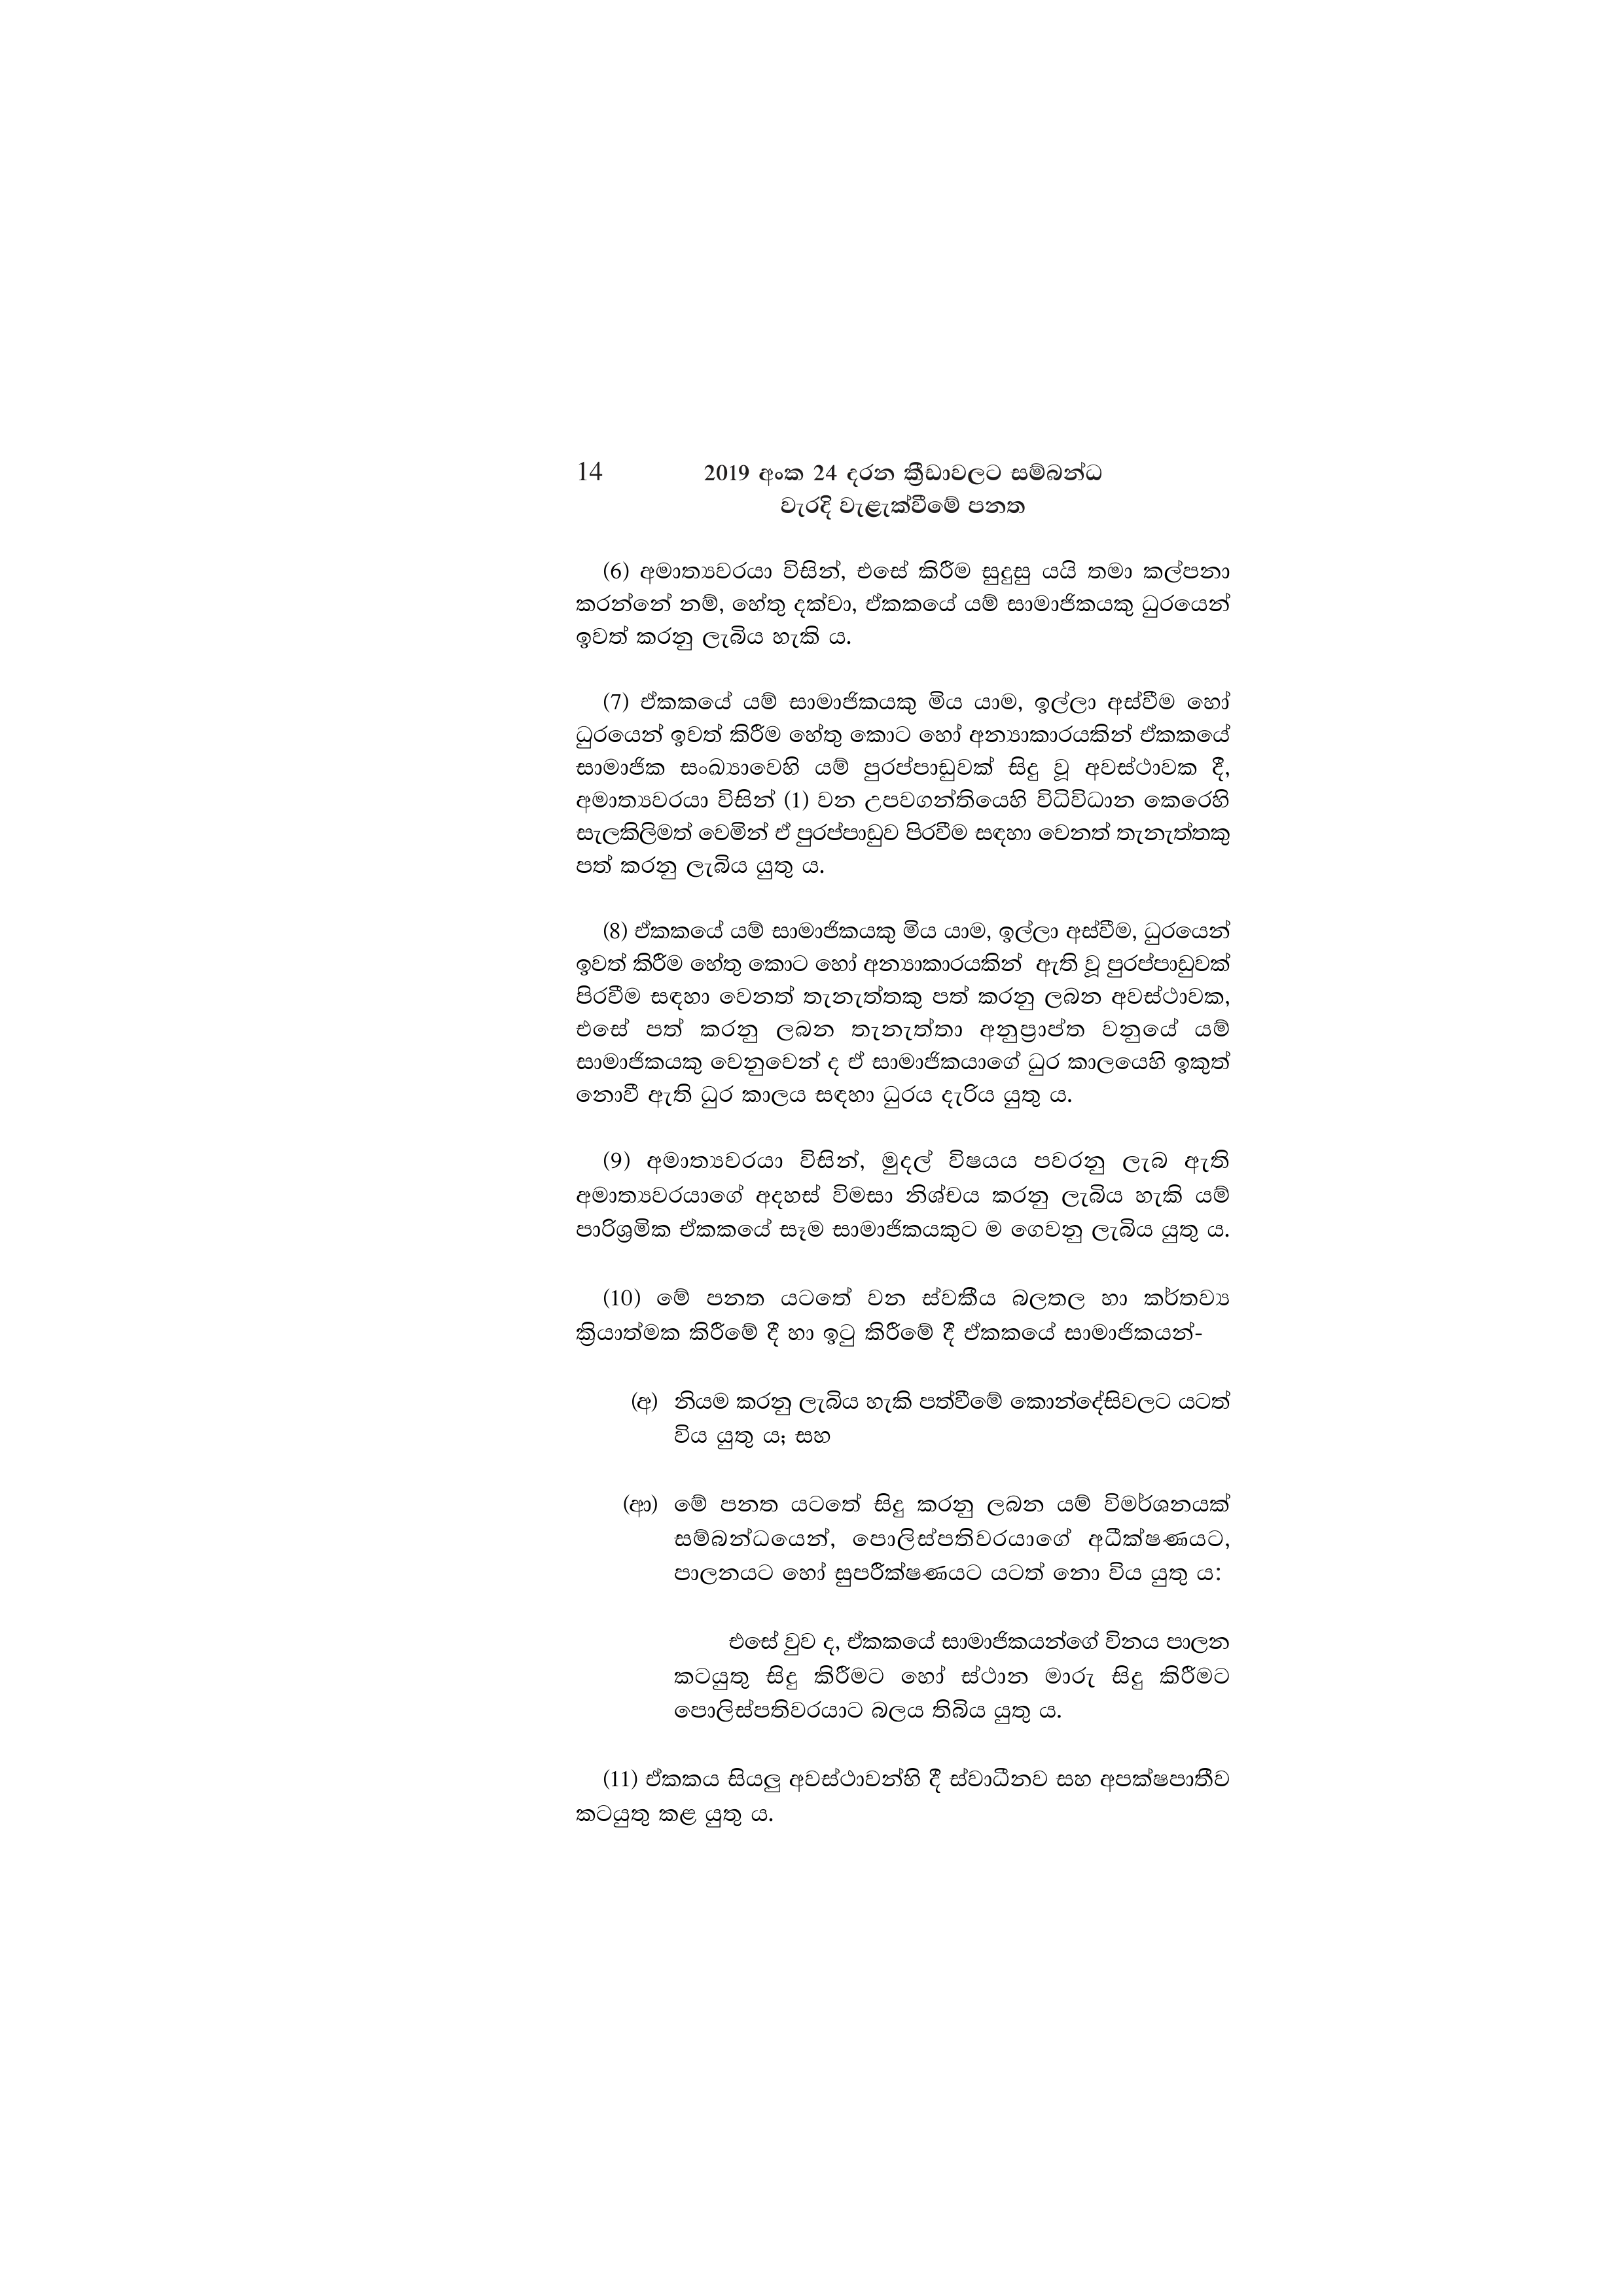
14 2019 අංක 24 දරන ක්‍රීඩාවලට සම්බන්ධ
වැරදි වැළැක්වීමේ පනත

(6) අමාත්‍යවරයා විසින්, එසේ කිරීම සුදුසු යයි තමා කල්පනා
කරන්නේ නම්, හේතු දක්වා, ඒකකයේ යම් සාමාජිකයකු ධුරයෙන්
ඉවත් කරනු ලැබිය හැකි ය.

(7) ඒකකයේ යම් සාමාජිකයකු මිය යාම, ඉල්ලා අස්වීම හෝ
ධුරයෙන් ඉවත් කිරීම හේතු කොට හෝ අන්‍යාකාරයකින් ඒකකයේ
සාමාජික සංඛ්‍යාවෙහි යම් පුරප්පාඩුවක් සිදු වූ අවස්ථාවක දී,
අමාත්‍යවරයා විසින් (1) වන උපවගන්තියෙහි විධිවිධාන කෙරෙහි
සැලකිලිමත් වෙමින් ඒ පුරප්පාඩුව පිරවීම සඳහා වෙනත් තැනැත්තකු
පත් කරනු ලැබිය යුතු ය.

(8) ඒකකයේ යම් සාමාජිකයකු මිය යාම, ඉල්ලා අස්වීම, ධුරයෙන්
ඉවත් කිරීම හේතු කොට හෝ අන්‍යාකාරයකින් ඇති වූ පුරප්පාඩුවක්
පිරවීම සඳහා වෙනත් තැනැත්තකු පත් කරනු ලබන අවස්ථාවක,
එසේ පත් කරනු ලබන තැනැත්තා අනුප්‍රාප්ත වනුයේ යම්
සාමාජිකයකු වෙනුවෙන් ද ඒ සාමාජිකයාගේ ධුර කාලයෙහි ඉකුත්
නොවී ඇති ධුර කාලය සඳහා ධුරය දැරිය යුතු ය.

(9) අමාත්‍යවරයා විසින්, මුදල් විෂයය පවරනු ලැබ ඇති
අමාත්‍යවරයාගේ අදහස් විමසා නිශ්චය කරනු ලැබිය හැකි යම්
පාරිශ්‍රමික ඒකකයේ සෑම සාමාජිකයකුට ම ගෙවනු ලැබිය යුතු ය.

(10) මේ පනත යටතේ වන ස්වකීය බලතල හා කර්තව්‍ය
ක්‍රියාත්මක කිරීමේ දී හා ඉටු කිරීමේ දී ඒකකයේ සාමාජිකයන්-

(අ) නියම කරනු ලැබිය හැකි පත්වීමේ කොන්දේසිවලට යටත්
විය යුතු ය; සහ

(ආ) මේ පනත යටතේ සිදු කරනු ලබන යම් විමර්ශනයක්
සම්බන්ධයෙන්, පොලිස්පතිවරයාගේ අධීක්ෂණයට,
පාලනයට හෝ සුපරීක්ෂණයට යටත් නො විය යුතු ය:

එසේ වුව ද, ඒකකයේ සාමාජිකයන්ගේ විනය පාලන
කටයුතු සිදු කිරීමට හෝ ස්ථාන මාරු සිදු කිරීමට
පොලිස්පතිවරයාට බලය තිබිය යුතු ය.

(11) ඒකකය සියලු අවස්ථාවන්හි දී ස්වාධීනව සහ අපක්ෂපාතීව
කටයුතු කළ යුතු ය.